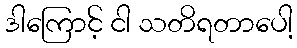
ဒါကြောင့် ငါ သတိရတာပေါ့